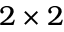
2 \times 2